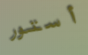
أستور